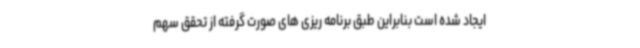
ایجاد شده است بنابراین طبق برنامه ریزی های صورت گرفته از تحقق سهم